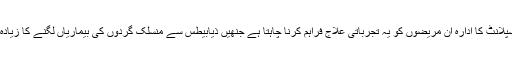
این ایچ ایس بلڈ اینڈ ٹرانسپلانٹ کا ادارہ ان مریضوں کو یہ تجرباتی علاج فراہم کرنا چاہتا ہے جنھیں ذیابیطس سے منسلک گردوں کی بیماریاں لگنے کا زیادہ خطرہ درپیش ہوتا ہے۔